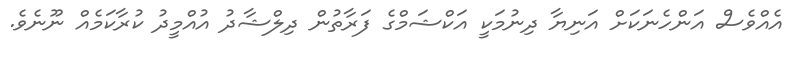
އެއްވެސް އަންހެނަކަށް އަނިޔާ ދިނުމަކީ އަކްޝަމްގެ ފަރާތުން ދިލްޝާދު އުއްމީދު ކުރާކަމެއް ނޫނެވެ.